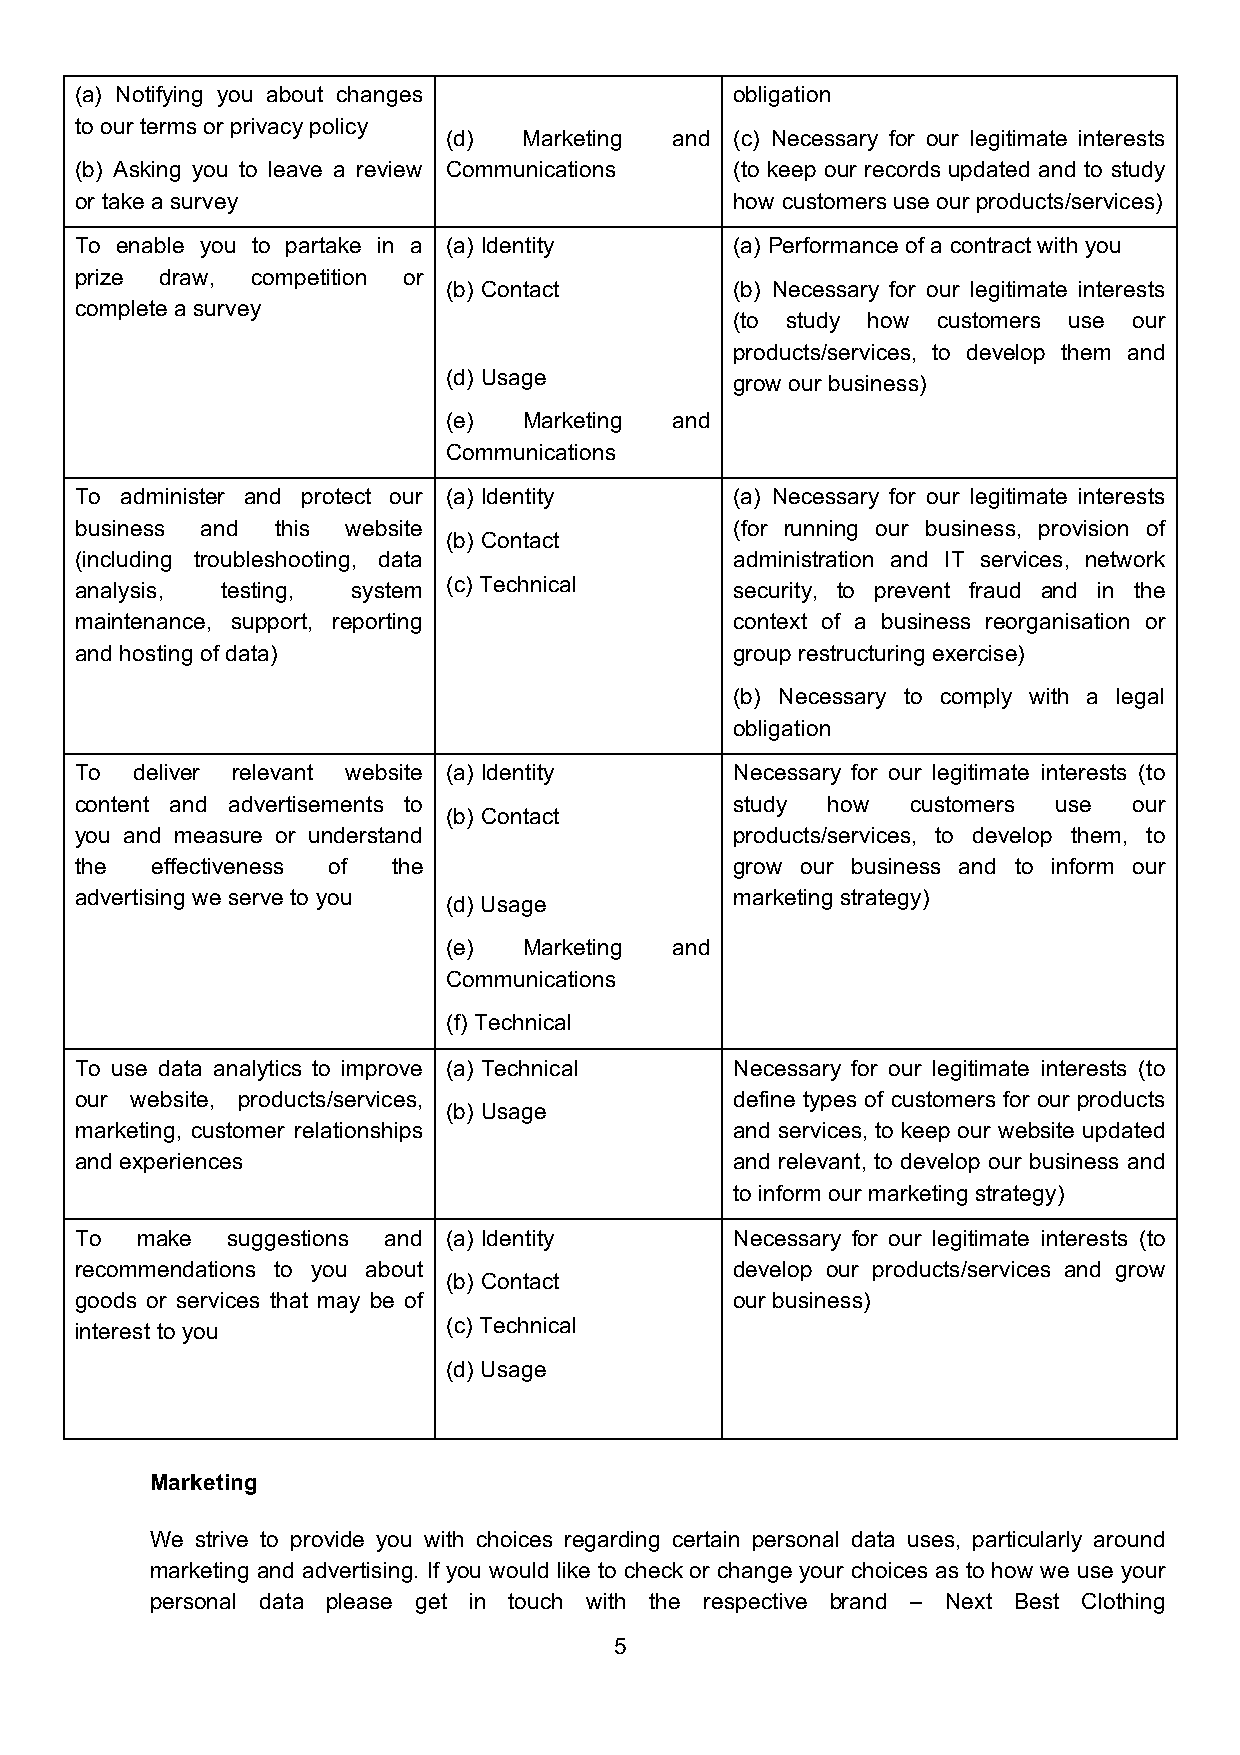
(a) Notifying you about changes             obligation
 to our terms or privacy policy
 (d)  Marketing and (c) Necessary for our legitimate interests
 (b) Asking you to leave a review Communications (to keep our records updated and to study
 or take a survey                            how customers use our products/services)
 To enable you to partake in a (a) Identity  (a) Performance of a contract with you
 prize draw, competition or
 (b) Contact        (b) Necessary for our legitimate interests
 complete a survey
 (to study how customers use our
 products/services, to develop them and
 (d) Usage          grow our business)
 (e)  Marketing and
 Communications
 To administer and protect our (a) Identity  (a) Necessary for our legitimate interests
 business and this website                   (for running our business, provision of
 (b) Contact
 (including troubleshooting, data            administration and IT services, network
 (c) Technical
 analysis, testing, system                   security, to prevent fraud and in the
 maintenance, support, reporting             context of a business reorganisation or
 and hosting of data)                        group restructuring exercise)
 (b) Necessary to comply with a legal
 obligation
 To  deliver relevant website (a) Identity   Necessary for our legitimate interests (to
 content and advertisements to               study how  customers use  our
 (b) Contact
 you and measure or understand               products/services, to develop them, to
 the  effectiveness of the                   grow our business and to inform our
 advertising we serve to you                 marketing strategy)
 (d) Usage
 (e)  Marketing and
 Communications
 (f) Technical
 To use data analytics to improve (a) Technical Necessary for our legitimate interests (to
 our website, products/services,             define types of customers for our products
 (b) Usage
 marketing, customer relationships           and services, to keep our website updated
 and experiences                             and relevant, to develop our business and
 to inform our marketing strategy)
 To  make  suggestions and (a) Identity      Necessary for our legitimate interests (to
 recommendations to you about                develop our products/services and grow
 (b) Contact
 goods or services that may be of            our business)
 interest to you          (c) Technical
 (d) Usage
 Marketing
 We strive to provide you with choices regarding certain personal data uses, particularly around
 marketing and advertising. If you would like to check or change your choices as to how we use your
 personal data please get in touch with the respective brand – Next Best Clothing
 5